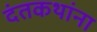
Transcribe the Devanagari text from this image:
दंतकथांना